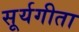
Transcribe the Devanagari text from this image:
सूर्यगीता